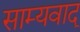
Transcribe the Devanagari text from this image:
साम्यवाद्